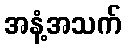
အနံ့အသက်